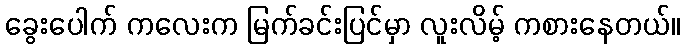
ခွေးပေါက် ကလေးက မြက်ခင်းပြင်မှာ လူးလိမ့် ကစားနေတယ်။